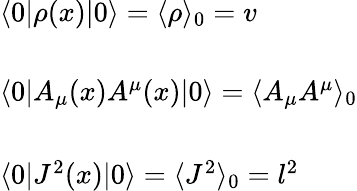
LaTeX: \begin{array}{l}{{\langle 0\vert\rho(x)\vert 0\rangle=\langle\rho\rangle_{0}=v}}\\ {{{}}}\\ {{\langle 0\vert A_{\mu}(x)A^{\mu}(x)\vert 0\rangle=\langle A_{\mu}A^{\mu}\rangle_{0}}}\\ {{{}}}\\ {{\langle 0\vert J^{2}(x)\vert 0\rangle=\langle J^{2}\rangle_{0}=l^{2}}}\end{array}